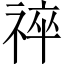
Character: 祽